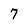
Character: 7